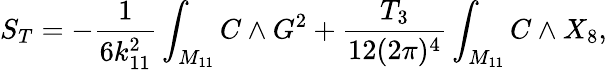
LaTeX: S_{T}=-{\frac{1}{6k_{11}^{2}}}\int_{M_{11}}C\wedge G^{2}+{\frac{T_{3}}{12(2\pi)^{4}}}\int_{M_{11}}C\wedge X_{8},